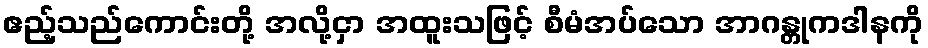
ဧည့်သည်ကောင်းတို့ အလို့ငှာ အထူးသဖြင့် စီမံအပ်သော အာဂန္တုကဒါနကို